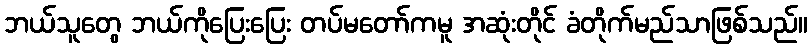
ဘယ်သူတွေ ဘယ်ကိုပြေးပြေး တပ်မတော်ကမူ အဆုံးတိုင် ခံတိုက်မည်သာဖြစ်သည်။